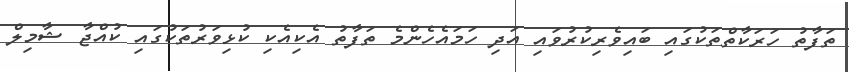
ތަފާތު ހަރަކާތްތަކުގައި ބައިވެރިކުރުވައި އަދި ހަމައެހެންމެ ތަފާތު އެކިއެކި ކުޅިވަރުތަކުގައި ކުއްޖާ ޝާމިލް